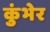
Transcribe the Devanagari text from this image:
कुंभेर